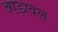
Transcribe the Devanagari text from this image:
आड़ावल